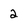
Character: 2